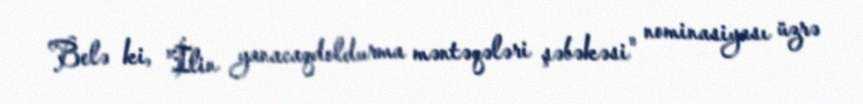
Belə ki, "İlin yanacaqdoldurma məntəqələri şəbəkəsi" nominasiyası üzrə